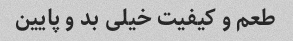
طعم و کیفیت خیلی بد و پایین